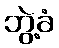
ဘွဲ့ခံ